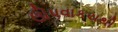
ઊપવાકયથી